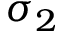
\sigma _ { 2 }